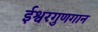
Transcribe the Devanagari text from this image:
ईश्वरगुणगान